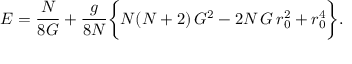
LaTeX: E = \frac { N } { 8 G } + \frac { g } { 8 N } \biggl \{ N ( N + 2 ) \, G ^ { 2 } - 2 N \, G \, r _ { 0 } ^ { 2 } + r _ { 0 } ^ { 4 } \biggr \} .